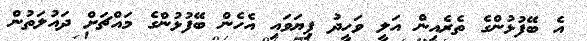
އެ ބޭފުޅުންގެ ތެރެއިން އަލީ ވަހީދު ފިޔަވައި އެހެން ބޭފުޅުންގެ މައްޗަށް ދައުލަތުން